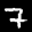
Label: 7